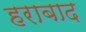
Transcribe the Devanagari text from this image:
हराबाद